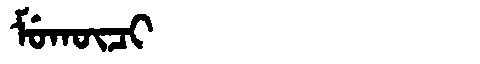
Manchu: ᠮᡠᡴᡡᠴᡳ
Romanization: MUKŪCI